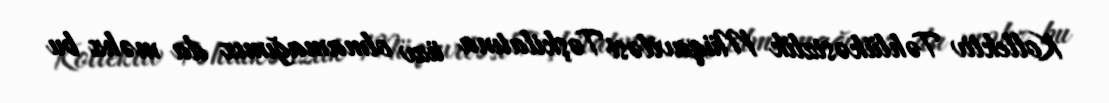
Kollektiv Təhlükəsizlik Müqaviləsi Təşkilatına üzv olmamağımız da məhz bu